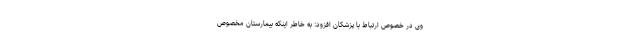
وی در خصوص ارتباط با پزشکان افزود: به خاطر اینکه بیمارستان مخصوص